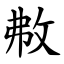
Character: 㪄